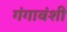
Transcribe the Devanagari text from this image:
गंगावंशी